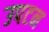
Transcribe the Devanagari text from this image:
उपटन